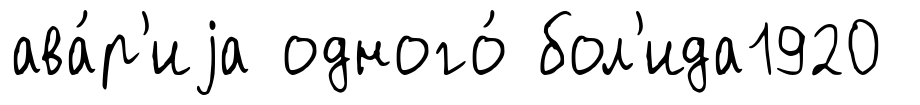
ава́р'иjа одного́ бол'ида1920